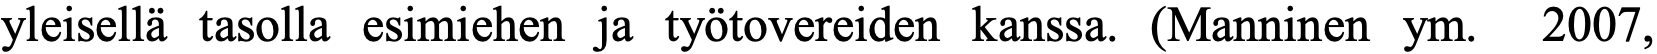
yleisellä tasolla esimiehen ja työtovereiden kanssa. (Manninen ym. 2007,